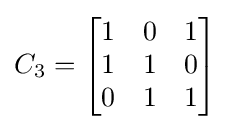
C_{3}={\begin{bmatrix}1&0&1\\1&1&0\\0&1&1\\\end{bmatrix}}